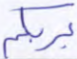
بربكم